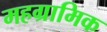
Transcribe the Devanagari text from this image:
महग्रामिक